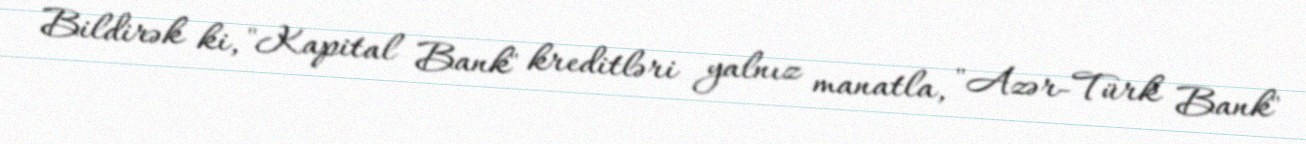
Bildirək ki, "Kapital Bank" kreditləri yalnız manatla, "Azər-Türk Bank"